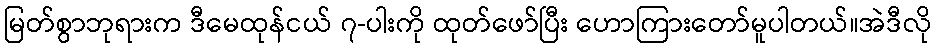
မြတ်စွာဘုရားက ဒီမေထုန်ငယ် ၇-ပါးကို ထုတ်ဖော်ပြီး ဟောကြားတော်မူပါတယ်။အဲဒီလို